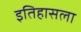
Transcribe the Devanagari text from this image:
इतिहासला